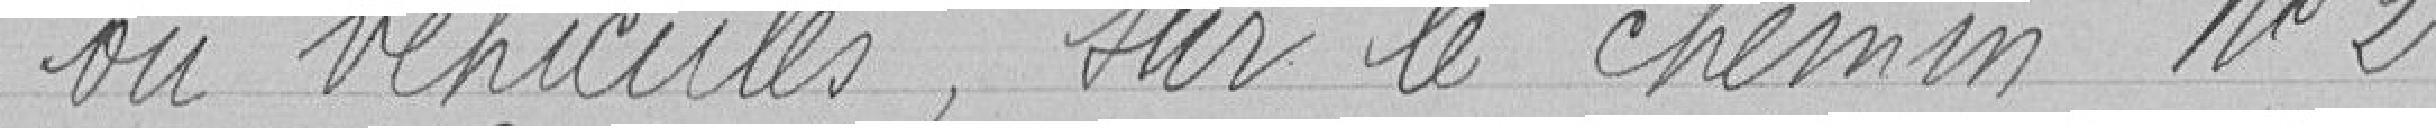
ou véhicules, sur le chemin numéro 2.